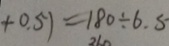
+ 0 . 5 ) = 1 8 0 \div 6 . 5